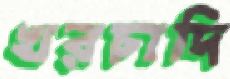
খরচাদি